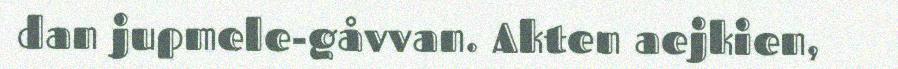
dan jupmele-gåvvan. Akten aejkien,